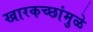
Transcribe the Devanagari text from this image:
खारकच्छांमुळे